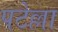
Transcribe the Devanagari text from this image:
पटेल्ला